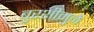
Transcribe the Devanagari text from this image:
बुरशीमुळे